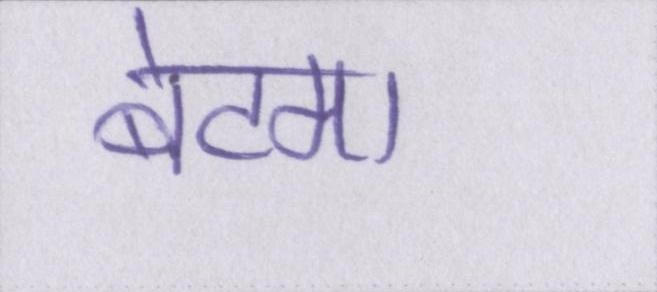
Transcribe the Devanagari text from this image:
बेटमा